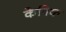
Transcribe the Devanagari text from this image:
केप्रिक